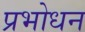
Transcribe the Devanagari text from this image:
प्रभोधन